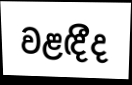
වළඳීද